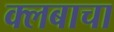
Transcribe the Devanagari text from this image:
क्लबाचा